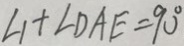
\angle 1 + \angle D A E = 9 0 ^ { \circ }